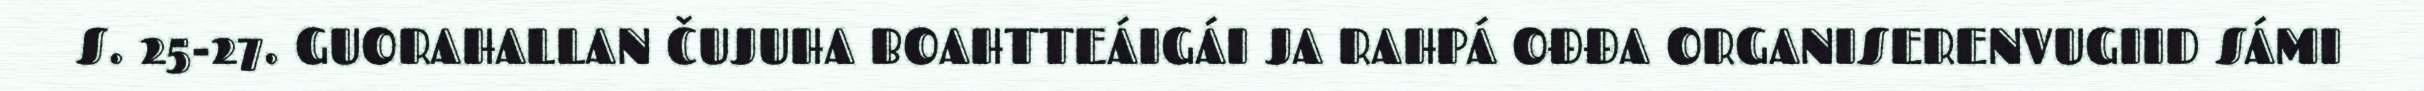
S. 25-27. GUORAHALLAN ČUJUHA BOAHTTEÁIGÁI JA RAHPÁ OĐĐA ORGANISERENVUGIID SÁMI